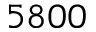
5 8 0 0